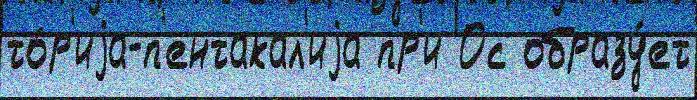
то́р'иjа-п'ентакал'иjа пр'и 0с образу́ет